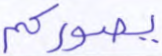
يصوركم